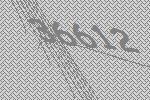
36612